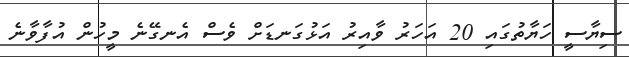
ސިޔާސީ ހަޔާތުގައި 20 އަހަރު ވާއިރު އަޅުގަނޑަށް ވެސް އެނގޭނެ މީހުން އުފާވާނެ